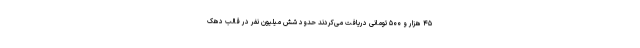
۴۵ هزار و ۵۰۰ تومانی دریافت می‌کردند حدود شش میلیون نفر در قالب دهک